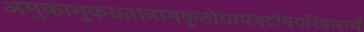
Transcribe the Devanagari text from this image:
अमुकामुकव्रतानामकृतोद्यापनदोषपरिहारार्थ